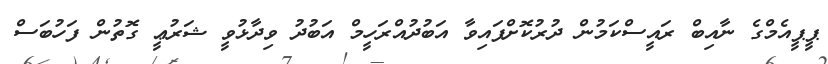
ޕީޕީއެމްގެ ނާއިބް ރަައީސްކަމުން ދުރުކޮށްފައިވާ އަބުދުއްރަހީމް އަބުދު ވިދާޅުވީ ޝަރުޢީ ގޮތުން ފަހުބަސް